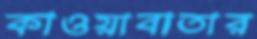
কাওয়াবাতার